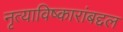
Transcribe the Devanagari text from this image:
नृत्याविष्कारांबद्दल